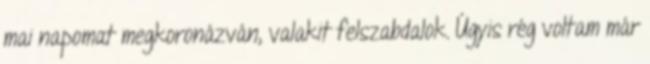
mai napomat megkoronázván, valakit felszabdalok. Úgyis rég voltam már